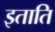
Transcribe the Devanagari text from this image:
इताति